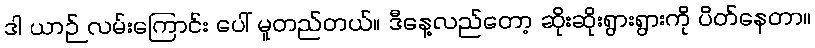
ဒါ ယာဉ် လမ်းကြောင်း ပေါ် မူတည်တယ်။ ဒီနေ့လည်တော့ ဆိုးဆိုးရွားရွားကို ပိတ်နေတာ။